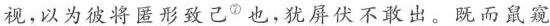
视，以为彼将匿形致己⑦也，犹屏伏不敢出。既而鼠窥